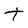
Character: t